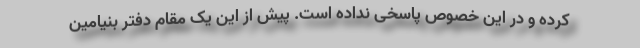
کرده و در این خصوص پاسخی نداده است. پیش از این یک مقام دفتر بنیامین